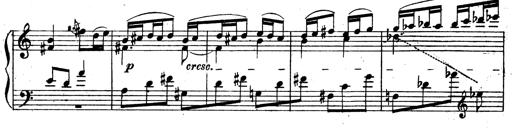
Title: 3 Sonatinas for Piano
Composer: Vissarion Shebalin